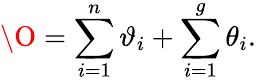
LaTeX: \O=\sum_{i=1}^{n}{\vartheta_{i}}+\sum_{i=1}^{g}{\theta_{i}}.